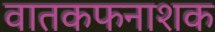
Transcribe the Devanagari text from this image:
वातकफनाशक